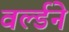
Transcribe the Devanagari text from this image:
वर्ल्डने